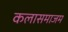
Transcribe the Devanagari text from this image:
कलासमाजम